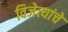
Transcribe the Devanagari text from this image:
विजेत्यांचे